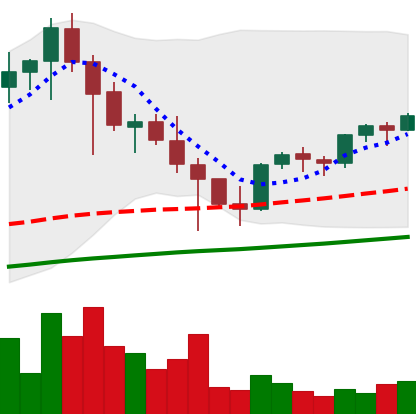
Ticker: EOS-USD
Chart end date: 2021-05-03
Forward return: 51.994%
Label: up_7plus